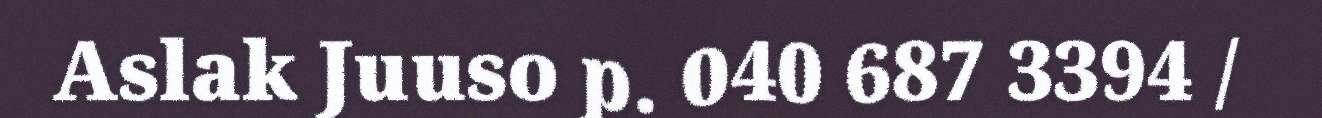
Aslak Juuso p. 040 687 3394 /